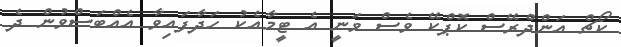
ކޯޗް އަންދްރޭސް ކޮޕްކޭ ވެސް ވަނީ އެ ޓީމާއެކު ހަދާފައިވާ އެއްބަސްވުން ދެ